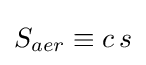
S_{aer}\equiv c\,s